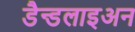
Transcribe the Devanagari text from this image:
डैन्डलाइअन